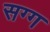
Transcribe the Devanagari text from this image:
सग्ग